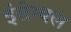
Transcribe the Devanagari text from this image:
इंसेम्बल